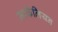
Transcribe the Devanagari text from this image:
मार्कलियन